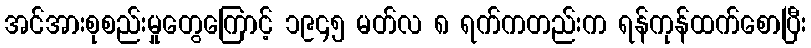
အင်အားစုစည်းမှုတွေကြောင့် ၁၉၄၅ မတ်လ ၈ ရက်ကတည်းက ရန်ကုန်ထက်စောပြီး